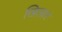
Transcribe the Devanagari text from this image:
खिलार